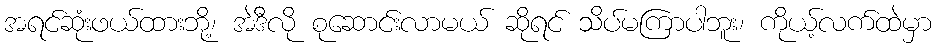
အရင်ဆုံးဖယ်ထားဘို့၊ အဲဒီလို စုဆောင်းလာမယ် ဆိုရင် သိပ်မကြာပါဘူး၊ ကိုယ့်လက်ထဲမှာ